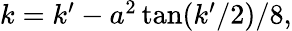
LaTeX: \begin{array}{r}{k=k^{\prime}-a^{2}\tan(k^{\prime}/2)/8,}\end{array}